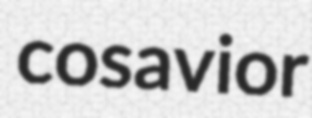
cosavior